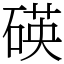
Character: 碤